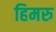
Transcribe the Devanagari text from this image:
हिमरु